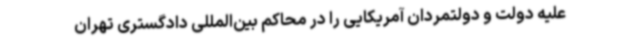
علیه دولت و دولتمردان آمریکایی را در محاکم بین‌المللی دادگستری تهران